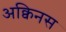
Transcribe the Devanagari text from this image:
अक्विनस